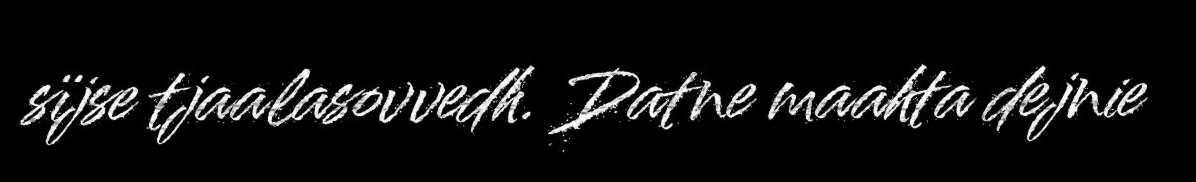
sïjse tjaalasovvedh. Datne maahta dejnie